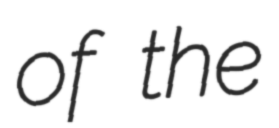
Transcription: of the